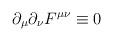
LaTeX: \begin{align*}\partial _{\mu }\partial _{\nu }F^{\mu \nu }\equiv 0 \end{align*}